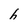
Character: h